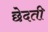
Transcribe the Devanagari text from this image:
छेदती